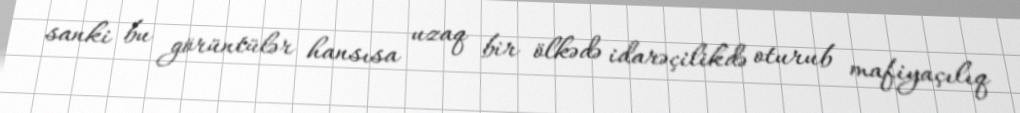
sanki bu görüntülər hansısa uzaq bir ölkədə idarəçilikdə oturub mafiyaçılıq